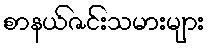
စာနယ်ဇင်းသမားများ